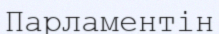
Парламентін